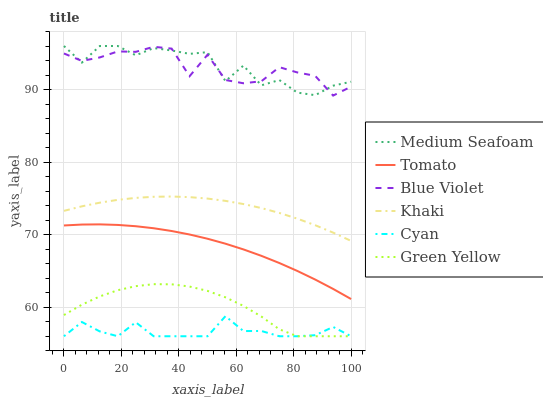
| xaxis_label | Medium Seafoam | Tomato | Blue Violet | Khaki | Cyan | Green Yellow |
 | --- | --- | --- | --- | --- | --- | --- |
 | 0 | 96 | 71.3 | 95 | 73.3 | 56 | 58.9 |
 | 6.25 | 93.7 | 71.4 | 93.9 | 73.9 | 58 | 60.4 |
 | 12.5 | 96 | 71.4 | 94.4 | 74.4 | 56.7 | 61.5 |
 | 18.8 | 96 | 71.3 | 95.3 | 74.8 | 56 | 62.3 |
 | 25 | 94.7 | 71.2 | 95.2 | 75.1 | 57.9 | 62.9 |
 | 31.2 | 95.7 | 70.9 | 95.9 | 75.2 | 56 | 63.2 |
 | 37.5 | 95.4 | 70.5 | 95.6 | 75.3 | 56 | 63.2 |
 | 43.8 | 94.9 | 70 | 91.8 | 75.2 | 56 | 62.8 |
 | 50 | 95.2 | 69.4 | 94.8 | 75 | 56 | 62.3 |
 | 56.2 | 91.2 | 68.8 | 91.3 | 74.7 | 58.8 | 61.4 |
 | 62.5 | 93.3 | 68 | 90.9 | 74.2 | 56.7 | 60.2 |
 | 68.8 | 90.6 | 67.1 | 91.1 | 73.7 | 56.7 | 58.7 |
 | 75 | 91.3 | 66.1 | 93.1 | 73 | 56 | 57 |
 | 81.2 | 89.6 | 65 | 92.4 | 72.2 | 56 | 56 |
 | 87.5 | 89.2 | 63.8 | 91.9 | 71.3 | 56.1 | 56 |
 | 93.8 | 90.5 | 62.5 | 89.2 | 70.3 | 57.3 | 56 |
 | 100 | 91.1 | 61.1 | 90.4 | 69.1 | 56 | 56 |